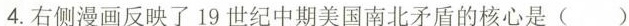
4.右侧漫画反映了19世纪中期美国南北矛盾的核心是 ( )